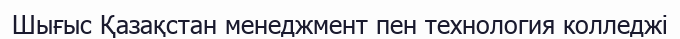
Шығыс Қазақстан менеджмент пен технология колледжі